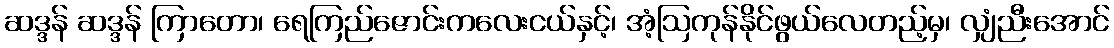
ဆဒ္ဒန် ဆဒ္ဒန် ကြာတော၊ ရေကြည်ဇောင်းကလေးငယ်နှင့်၊ အံ့ဩကုန်နိုင်ဖွယ်လေတည့်မှ၊ လျှံညီးအောင်